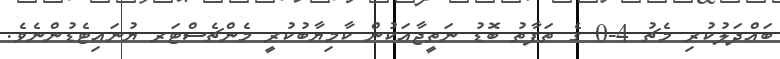
ބައްދަލުކުރި މެޗު 4-0 ގެ ތަފާތު ބޮޑު ނަތީޖާއަކުން ކާމިޔާބުކުރީ މެންޗެސްޓަރ ޔުނައިޓެޑުންނެވެ.